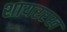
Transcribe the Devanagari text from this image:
शायररख